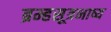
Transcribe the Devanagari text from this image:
ब्रम्हसूत्रभाष्य